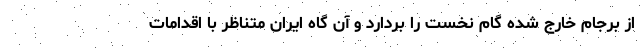
از برجام خارج شده گام نخست را بردارد و آن گاه ایران متناظر با اقدامات